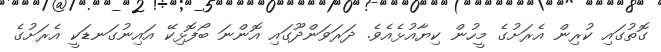
ގޮތުގައި ކުރިން އެރަށުގެ މީހުން ކިޔާއުޅެއެވެ. ދަރަވަންދޫގައި އޮންނަ ބޯފޮޅިކޭ އައިނުގަނޑަކީ އެރަށުގެ